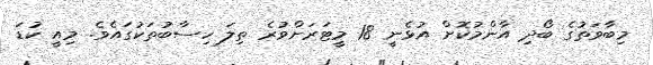
މިބާވަތުގެ ބޯދި އާންމުކޮށް އުޅެނީ 18 މީޓަރަށްވުރެ ތިލަ ހިސާބުތަކުގައެވެ. މިއީ ކުޑަ